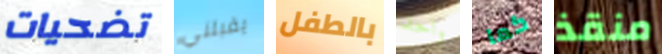
تضحيات يقبلني بالطفل واحد كما منقذ